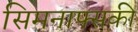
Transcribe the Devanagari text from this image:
सिमनाफ्सकी